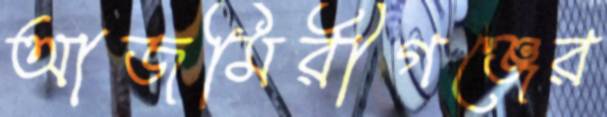
আজমিরীগঞ্জের